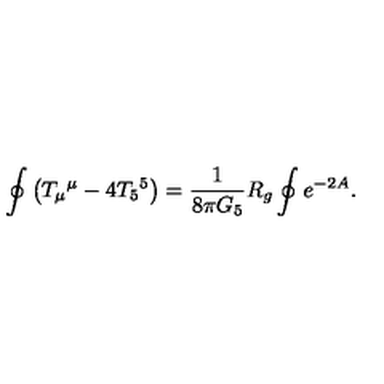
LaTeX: \oint \left( T _ { \mu } { } ^ { \mu } - 4 T _ { 5 } { } ^ { 5 } \right) = { \frac { 1 } { 8 \pi G _ { 5 } } } R _ { g } \oint e ^ { - 2 A } .